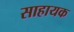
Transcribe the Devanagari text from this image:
साहायक